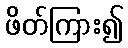
ဖိတ်ကြား၍